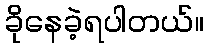
ခိုနေခဲ့ရပါတယ်။